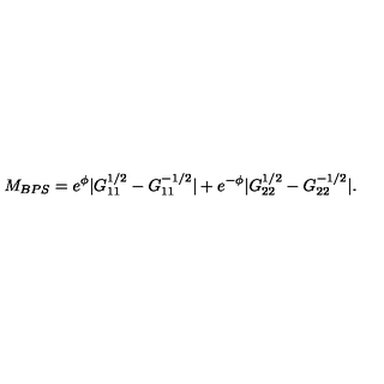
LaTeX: M _ { B P S } = e ^ { \phi } | G _ { 1 1 } ^ { 1 / 2 } - G _ { 1 1 } ^ { - 1 / 2 } | + e ^ { - \phi } | G _ { 2 2 } ^ { 1 / 2 } - G _ { 2 2 } ^ { - 1 / 2 } | .